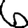
Digit: 6